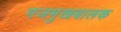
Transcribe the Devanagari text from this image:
गजमुखबालक